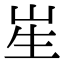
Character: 𭺱